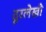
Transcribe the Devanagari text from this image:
दूरलेखी